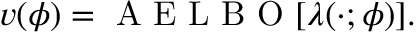
v ( \phi ) = \mathrm { ~ A ~ E ~ L ~ B ~ O ~ } [ \lambda ( \cdot ; \phi ) ] .